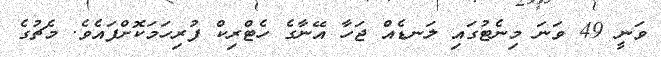
ވަނީ 49 ވަނަ މިނެޓުގައި ލަނޑެއް ޖަހާ އޭނާގެ ހެޓްރިކް ފުރިހަމަކޮށްފައެވެ. މެޗުގެ